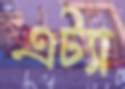
এট্যা